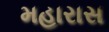
મહારાસ